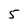
Character: 5